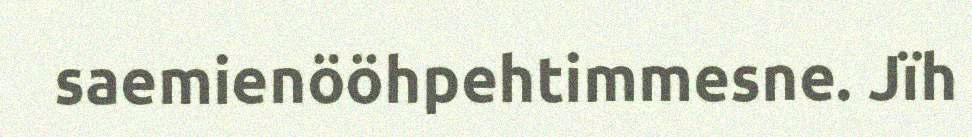
saemienööhpehtimmesne. Jïh